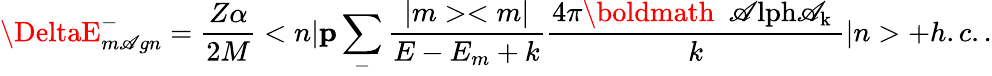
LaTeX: \DeltaE_{m\mathscr{A}gn}^{-}=\frac{{Z\alpha}}{{2M}}<{n}|{\mathbf{p}}\sum_{-}\frac{{|m><m|}}{{E-E_{m}+k}}\frac{{4\pi\mathrm{{\boldmath~\ \mathscr{A}lph\mathscr{A}_{k}~}}}}{{k}}|{n}>+h.c..